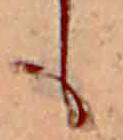
も